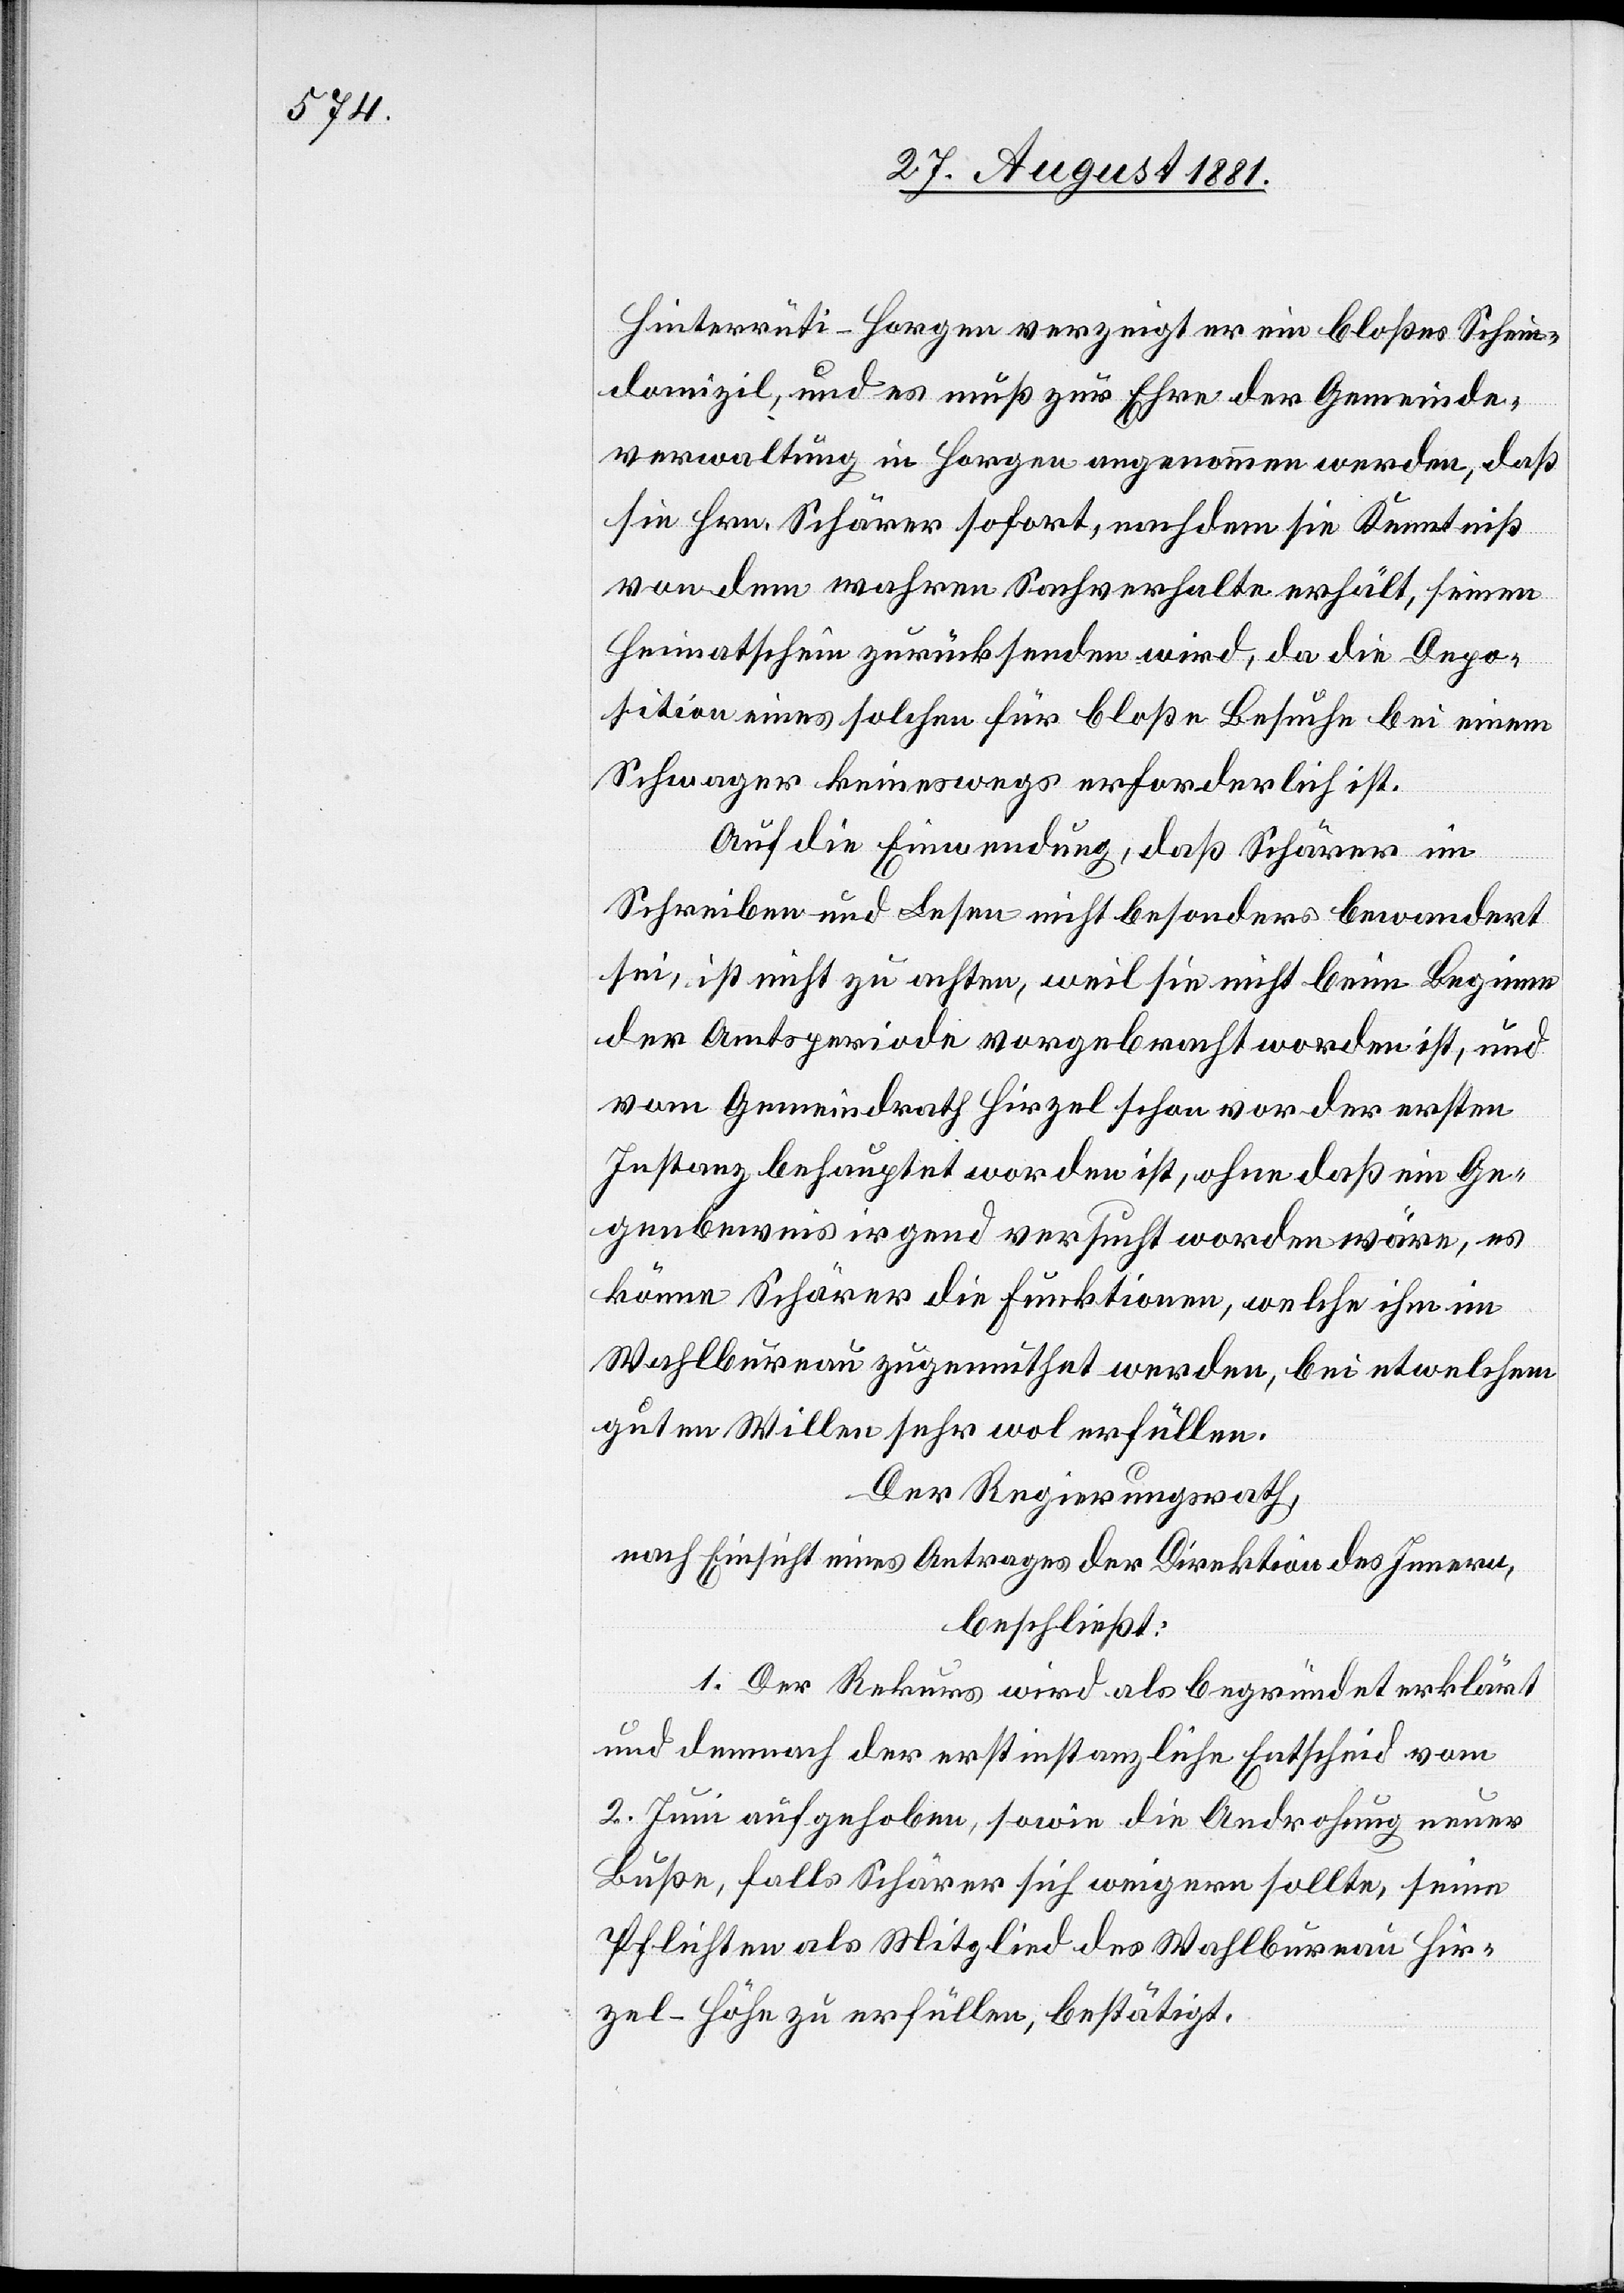
Hinterrüti - Horgen verzeigt er ein bloßes Schein¬
domizil, und es muß zur Ehre der Gemeinde¬
verwaltung in Horgen angenommen werden, daß
sie Hrn. Schärer sofort, nachdem sie Kenntniß
von dem wahren Sachverhalt erhält, seinen
Heimatschein zurücksenden wird, da die Depo¬
sition eines solchen für bloße Besuche bei einem
Schwager keineswegs erforderlich ist.
Auf die Einwendung, daß Schärer im
der ersten
Schreiben und Lesen nicht besonders bewandert
sei, ist nicht zu achten, weil sie nicht beim Beginne
Instanz behauptet worden ist, ohne daß ein Ge¬
genbeweis irgend versucht worden wäre, es
könne Schärer die Funktionen, welche ihm im
Wahlbureau zugemuthet werden, bei etwelchem
guten Willen sehr wol erfüllen.
Der Regierungsrath,
nach Einsicht eines Antrages der Direktion des Innern,
beschließt:
1. Der Rekurs wird als begründet erklärt
und demnach der erstinstanzliche Entscheid vom
2. Juni aufgehoben, sowie die Androhung neuer
Bußen, falls Schärer sich weigern sollte, seine
Pflichten als Mitglied des Wahlbureau Hir¬
zel-Höhe zu erfüllen, bestätigt.